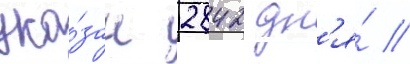
ука́зан 2842 дн'я́ //